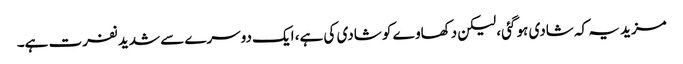
مزید یہ کہ شادی ہو گئی، لیکن دکھاوے کو شادی کی ہے، ایک دوسرے سے شدید نفرت ہے۔